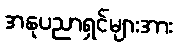
အနုပညာရှင်များအား